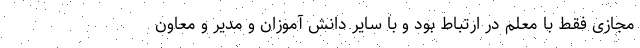
مجازی فقط با معلم در ارتباط بود و با سایر دانش آموزان و مدیر و معاون